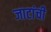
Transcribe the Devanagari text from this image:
जाटांची